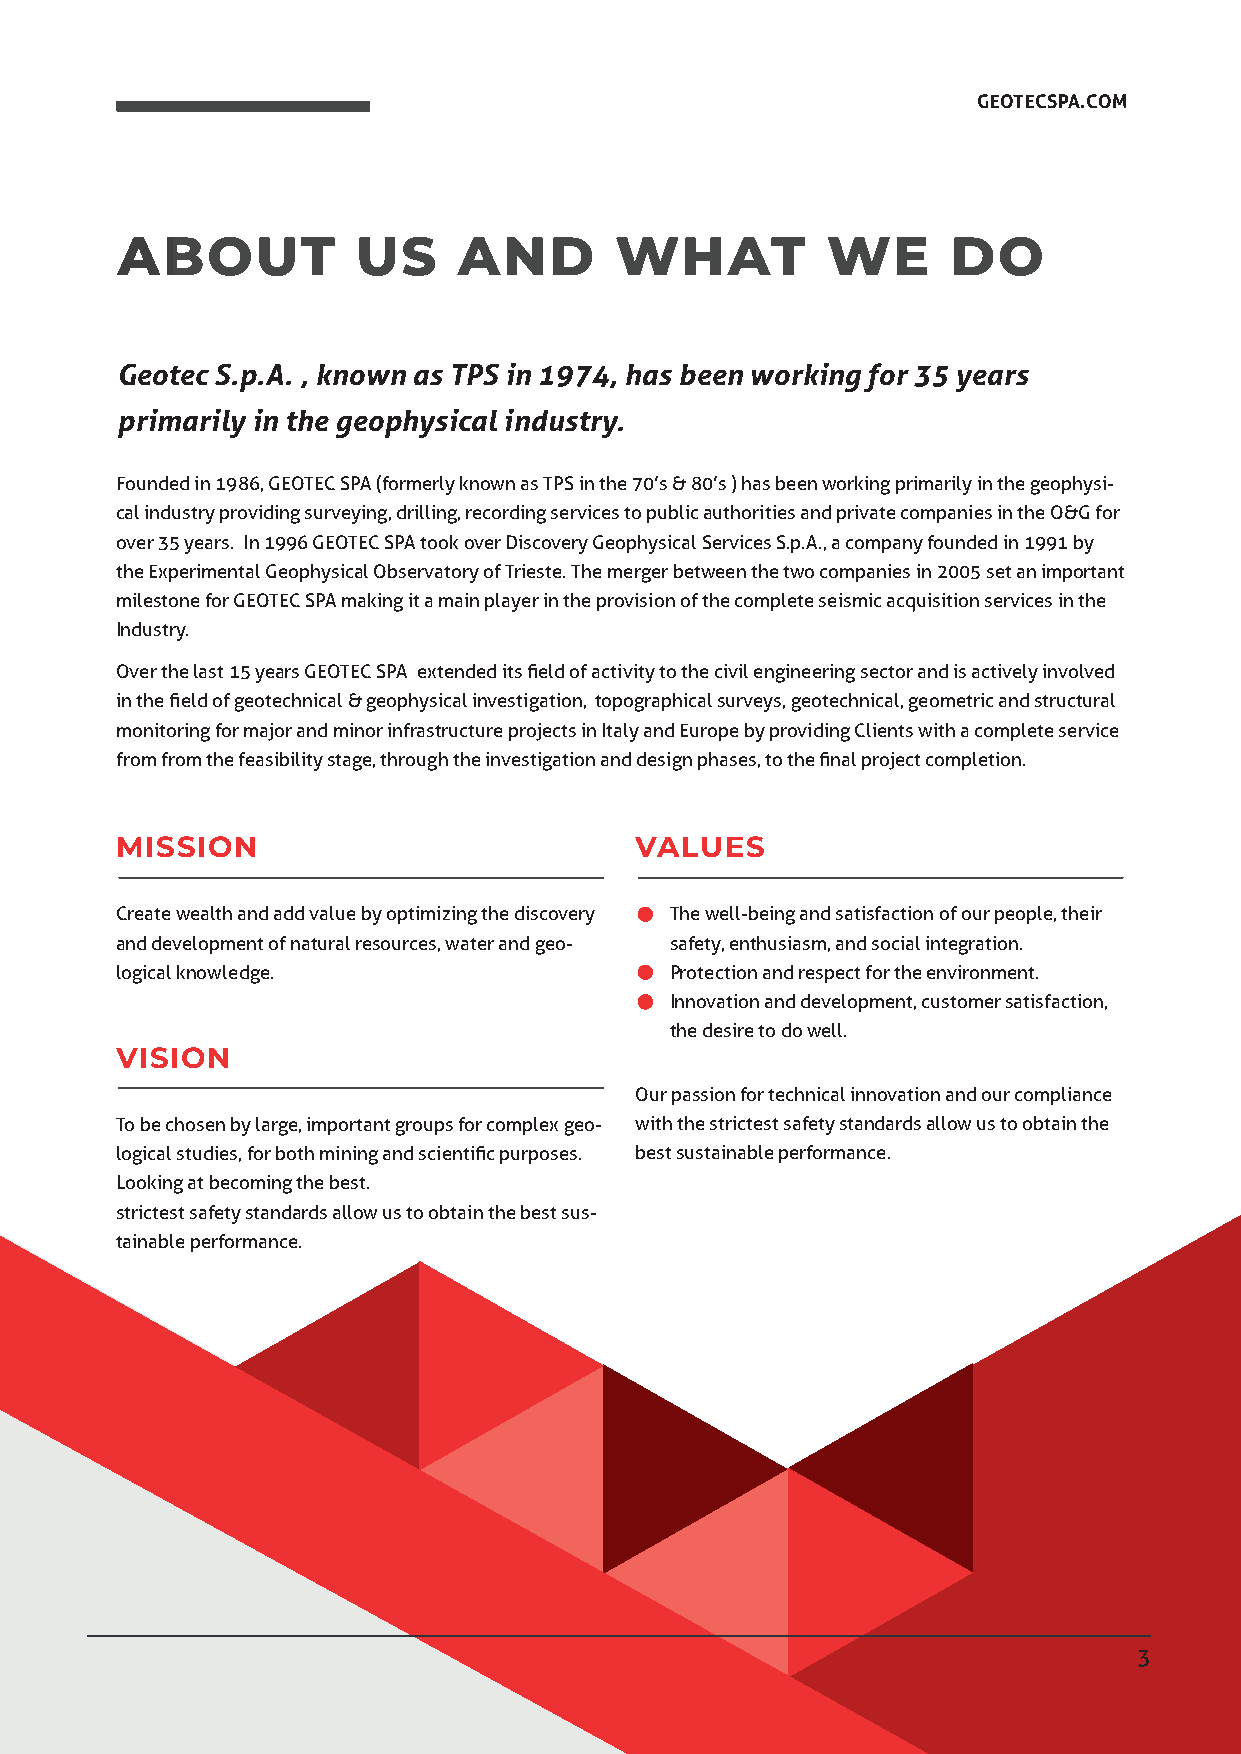
GEOTECSPA.COM
 ABOUT           US    AND        WHAT          WE      DO
 Geotec S.p.A. , known as TPS in 1974, has been working for 35 years
 primarily in the geophysical industry.
 Founded in 1986, GEOTEC SPA (formerly known as TPS in the 70’s & 80’s ) has been working primarily in the geophysi-
 cal industry providing surveying, drilling, recording services to public authorities and private companies in the O&G for
 over 35 years. In 1996 GEOTEC SPA took over Discovery Geophysical Services S.p.A., a company founded in 1991 by
 the Experimental Geophysical Observatory of Trieste. The merger between the two companies in 2005 set an important
 milestone for GEOTEC SPA making it a main player in the provision of the complete seismic acquisition services in the
 Industry.
 Over the last 15 years GEOTEC SPA extended its field of activity to the civil engineering sector and is actively involved
 in the field of geotechnical & geophysical investigation, topographical surveys, geotechnical, geometric and structural
 monitoring for major and minor infrastructure projects in Italy and Europe by providing Clients with a complete service
 from from the feasibility stage, through the investigation and design phases, to the final project completion.
 MISSION                           VALUES
 Create wealth and add value by optimizing the discovery The well-being and satisfaction of our people, their
 and development of natural resources, water and geo- safety, enthusiasm, and social integration.
 logical knowledge.                  Protection and respect for the environment.
 Innovation and development, customer satisfaction,
 the desire to do well.
 VISION
 Our passion for technical innovation and our compliance
 To be chosen by large, important groups for complex geo- with the strictest safety standards allow us to obtain the
 logical studies, for both mining and scientific purposes. best sustainable performance.
 Looking at becoming the best.
 strictest safety standards allow us to obtain the best sus-
 tainable performance.
 3